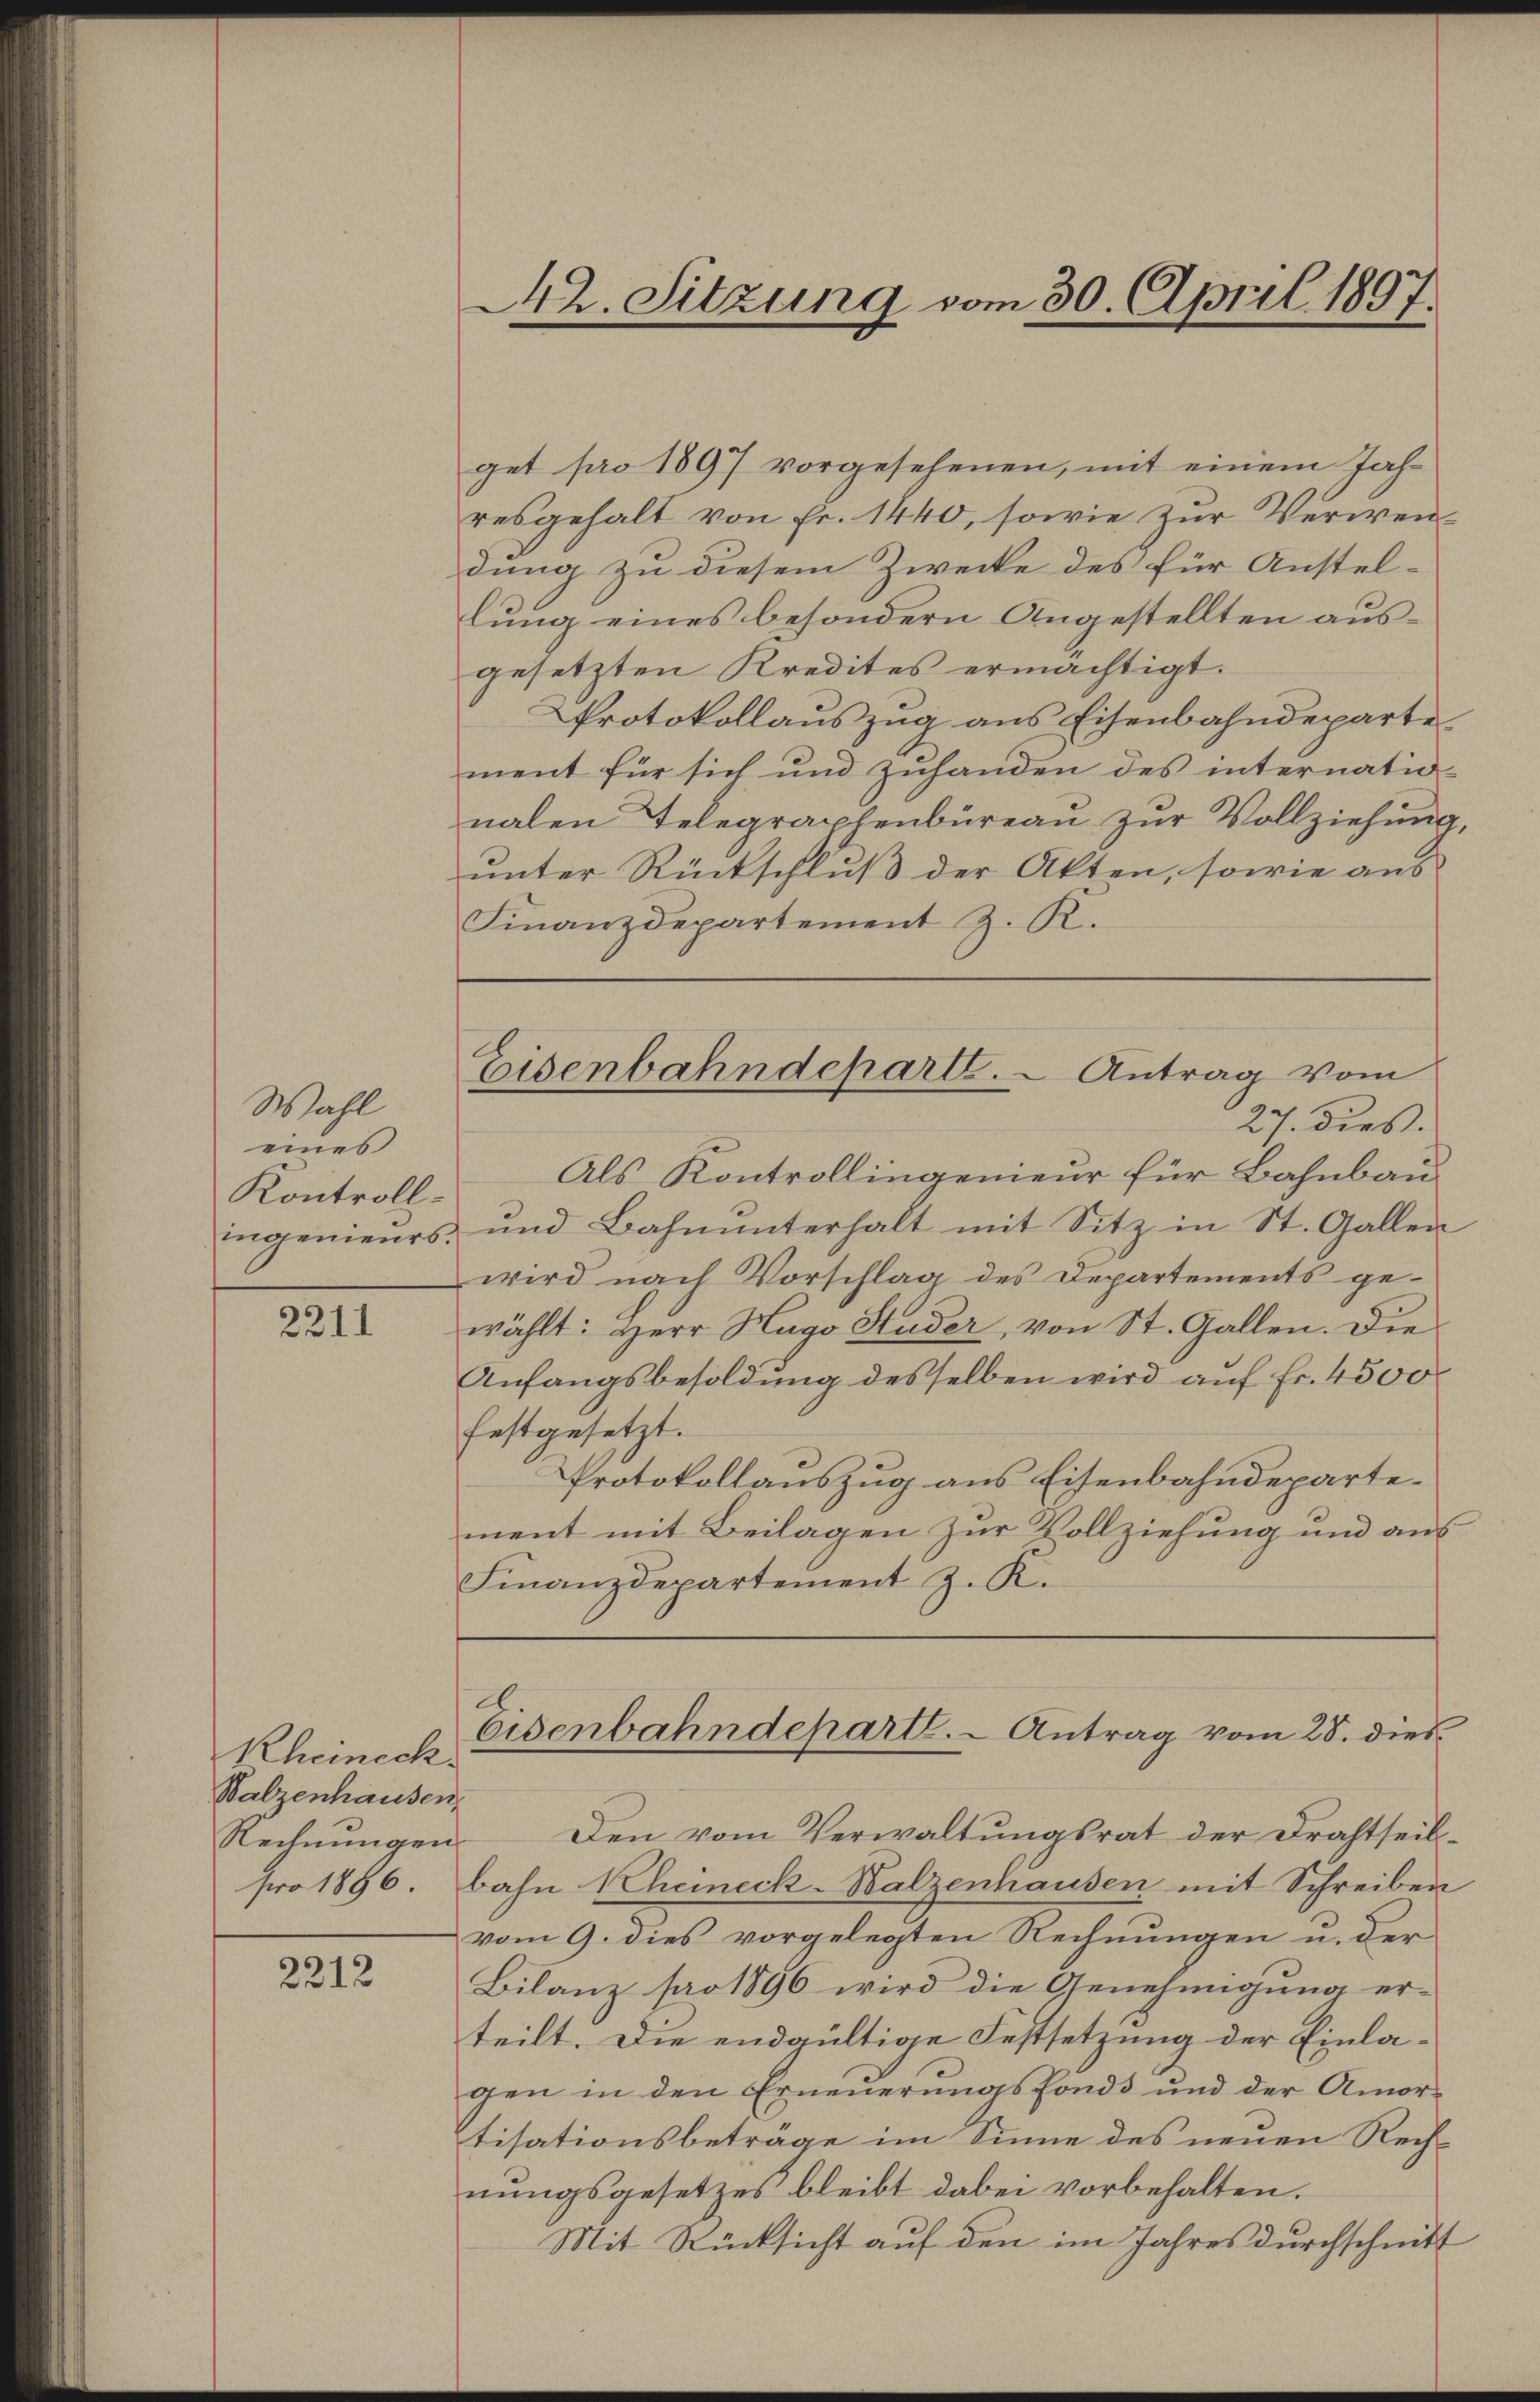
Wahl
eines
Kontrollingenieurs

2211

get pro 1897 vorgesehenen, mit einem Jahresgehalt von Fr. 1440, sowie zur Verwendung zu diesem Zwecke des für Anstellung eines besondern Angestellten ausgesetzten Kredites ermächtigt.
Protokollauszug aus Eisenbahndeparte
ment für sich und zuhanden des internatio-
nalen Telegraphenbüreaŭ zŭr Vollziehung,
unter Rückschluß der Akten, sowie aus
Finanzdepartement z. K.

Rheineck.
Walzenhausen,

2212

Protokollauszug aus Eisenbahndeparte.
ment mit Beilagen zur Vollziehung und aus
Finanzdepartement z. K.

Als Kontrollingenieur für Bahnbau¬
und Bahnunterhalt mit Sitz in St. Gallen
wird nach Vorschlag des Departements ge-
wählt: Herr Hugo Studer, von St. Gallen. Die
Anfangsbesoldung desselben wird auf Fr. 4500
festgesetzt.
A.
Eisenbahndepart. - Antrag vom 28. dies
Rechnŭngen. Den vom Verwaltŭngsrat der Drahtseil-
pro 1896. bahn 1 Cheineck-Balzenhausen mit Schreiben
vom 9. dies vorgelegten Rechnungen u. der
Bilanz pro 1896 wird die Genehmigung er-
teilt. Die endgültige Festsetzung der Einla-
gen in den Erneuerungsfonds und der Amor-
tisationsbeträge im Sinne des neuen Rechnungsgesetzes bleibt dabei vorbehalten.
Mit Rücksicht auf den im Jahres durchschnitt

22. Sitzung vom 30. April 1897.

Eisenbahndeparte. - Antrag vom
27. dies